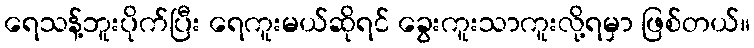
ရေသန့်ဘူးပိုက်ပြီး ရေကူးမယ်ဆိုရင် ခွေးကူးသာကူးလို့ရမှာ ဖြစ်တယ်။